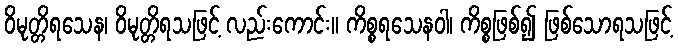
ဝိမုတ္တိရသေန၊ ဝိမုတ္တိရသဖြင့် လည်းကောင်း။ ကိစ္စရသေနဝါ၊ ကိစ္စဖြစ်၍ ဖြစ်သောရသဖြင့်